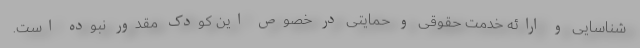
شناسایی و ارائه خدمت حقوقی و حمایتی در خصوص این کودک مقدور نبوده است.